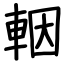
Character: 𨋳